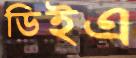
ডিইএ